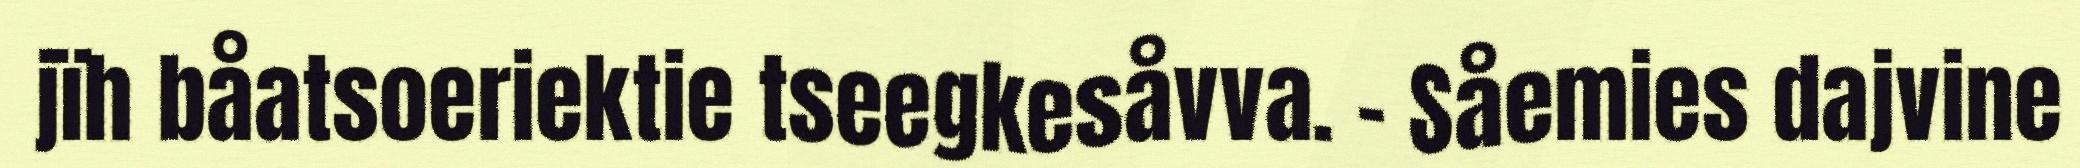
jïh båatsoeriektie tseegkesåvva. – Såemies dajvine